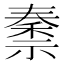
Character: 𫀜